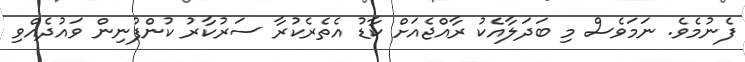
ފެނުމެވެ. ނަމަވެސް މި ބަދަލާއެކު ރާއްޖެއަށް ކާޑު އެތެރެކުރާ ސަރުކާރު ކުންފުނިން ވައުދެއްވި